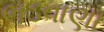
ભડવાણા